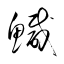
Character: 鰔